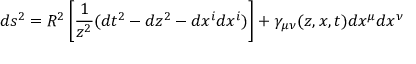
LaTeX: d s ^ { 2 } = R ^ { 2 } \left[ { \frac { 1 } { z ^ { 2 } } } ( d t ^ { 2 } - d z ^ { 2 } - d x ^ { i } d x ^ { i } ) \right] + \gamma _ { \mu \nu } ( z , x , t ) d x ^ { \mu } d x ^ { \nu }